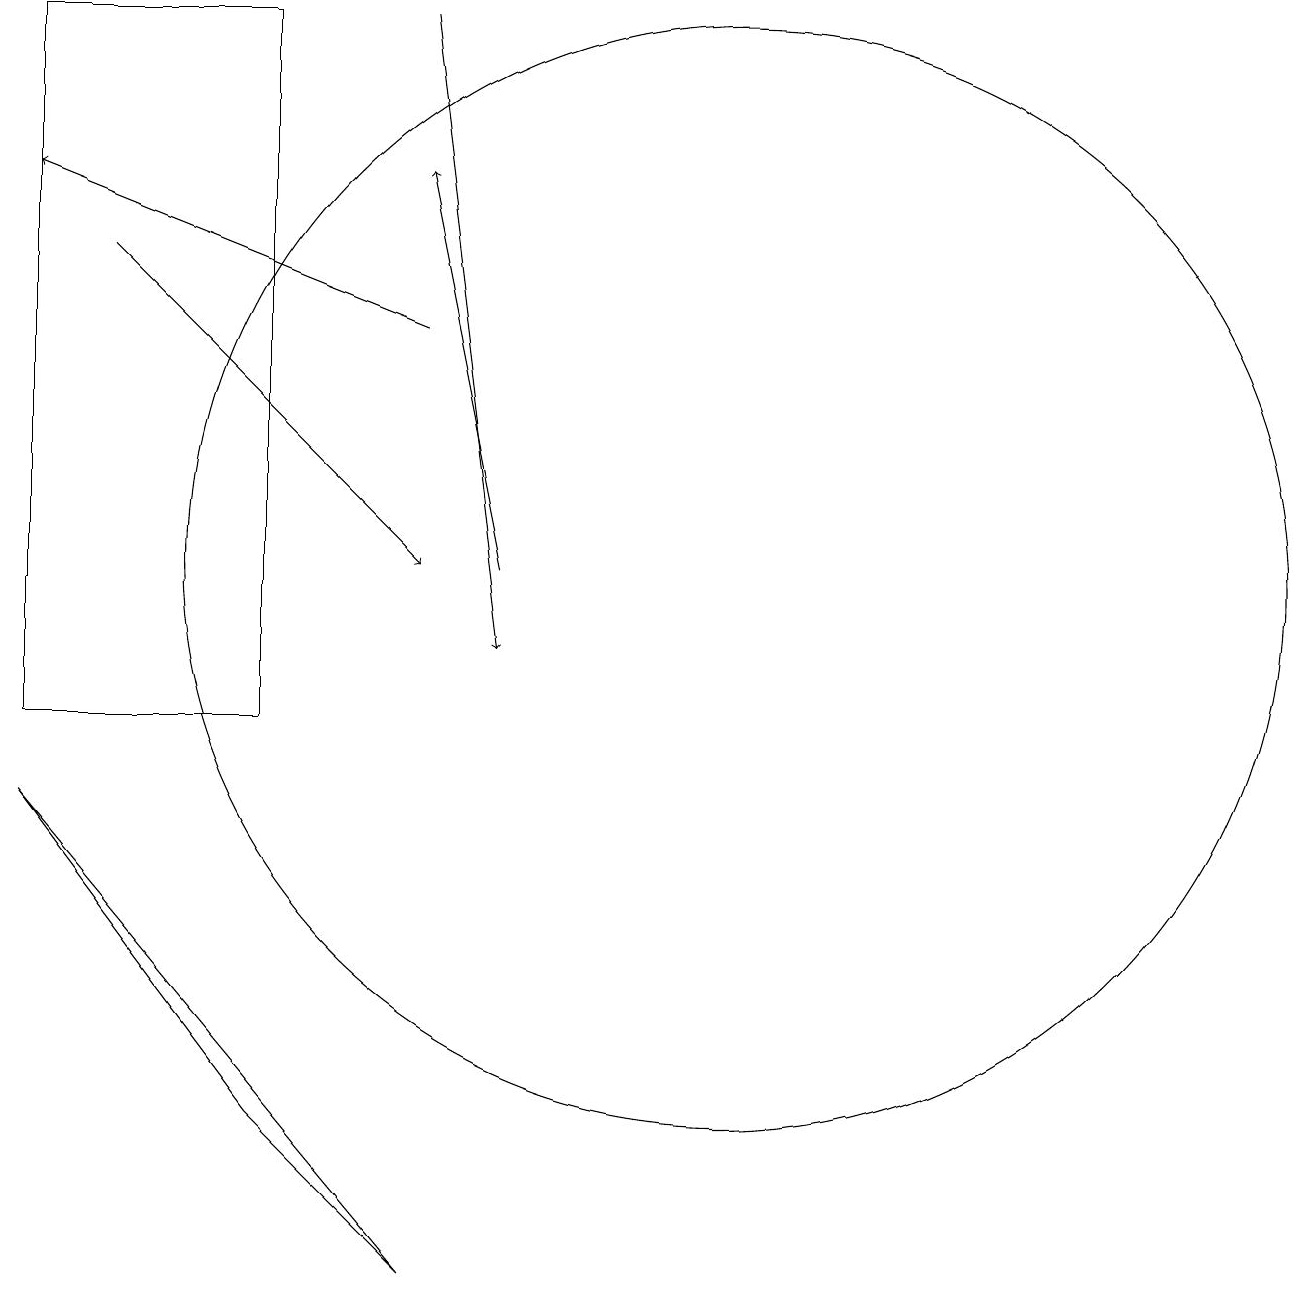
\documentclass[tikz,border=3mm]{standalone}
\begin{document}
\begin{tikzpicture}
\draw[->] (8,12) -- (7,17);
\draw[->] (7,19) -- (8,11);
\draw (7,3) -- (5,5) -- (2,9) -- cycle;
\draw (2,19) rectangle (5,10);
\draw (11,12) circle (7);
\draw[->] (7,15) -- (2,17);
\draw[->] (3,16) -- (7,12);
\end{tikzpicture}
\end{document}